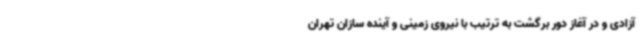
آزادی و در آغاز دور برگشت به ترتیب با نیروی زمینی و آینده سازان تهران